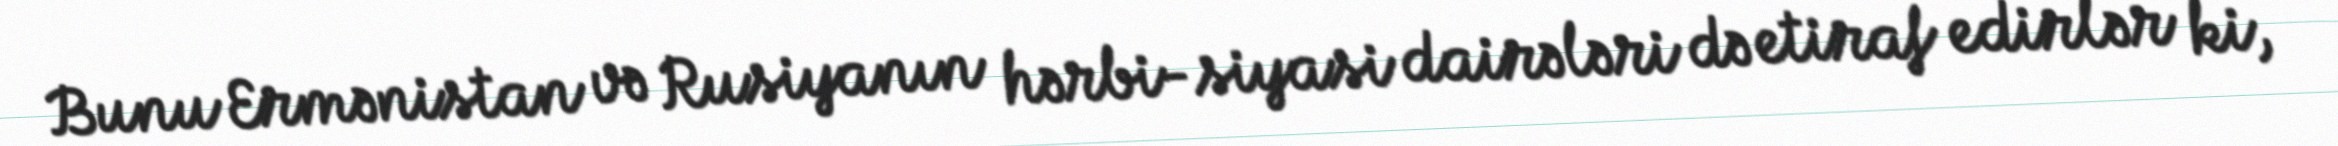
Bunu Ermənistan və Rusiyanın hərbi-siyasi dairələri də etiraf edirlər ki,